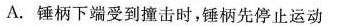
A.锤柄下端受到撞击时，锤柄先停止运动